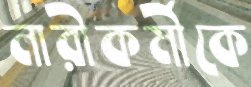
নারীকর্মীকে